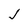
Character: J